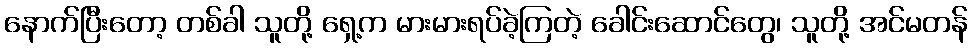
နောက်ပြီးတော့ တစ်ခါ သူတို့ ရှေ့က မားမားရပ်ခဲ့ကြတဲ့ ခေါင်းဆောင်တွေ၊ သူတို့ အင်မတန်